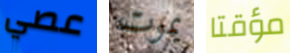
عصي يموت مؤقتا